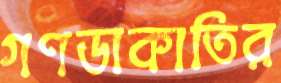
গণডাকাতির